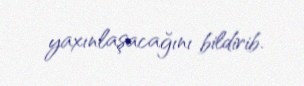
yaxınlaşacağını bildirib.